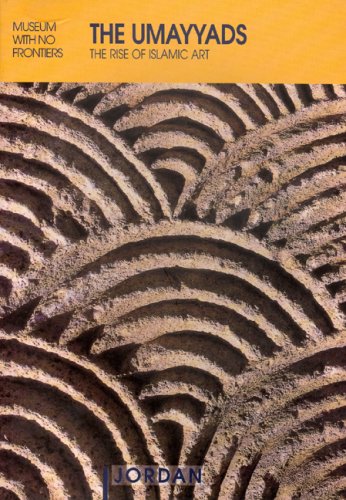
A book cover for The Umayyads: The Rise of Islamic Art (Islamic Art in the Mediterranean); Travel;